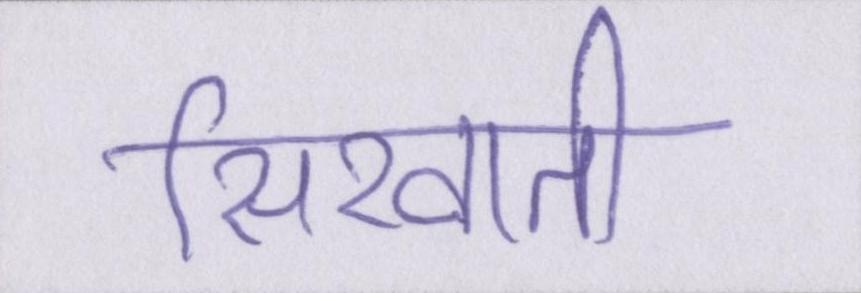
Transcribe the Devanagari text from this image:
सिखाती